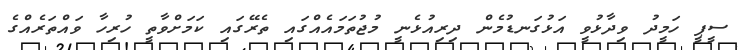
ސީޕީ ހަމީދު ވިދާޅުވީ އަޅުގަނޑުމެން ދިރިއުޅެނީ މުޖުތަމައެއްގައި ތެރޭގައި ކަމަށްވާތީ ހުރިހާ ވައްތަރެއްގެ